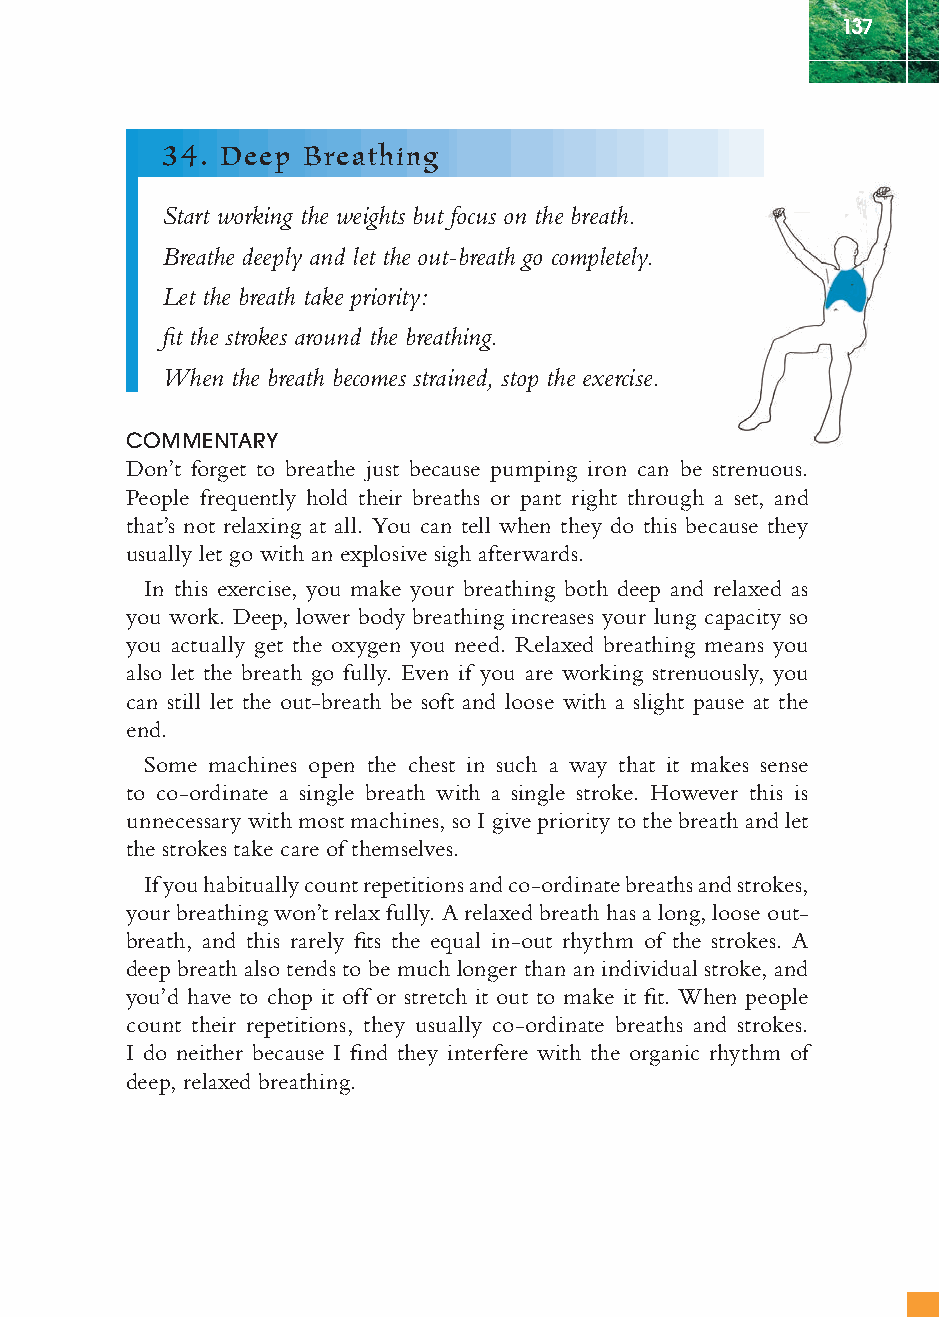
137
 34. Deep Breathing
 Start working the weights but focus on the breath.
 Breathe deeply and let the out-breath go completely.
 Let the breath take priority:
 fi t the strokes around the breathing.
 When the breath becomes strained, stop the exercise.
 COMMENTARY
 Don’t forget to breathe just because pumping iron can be strenuous.
 People frequently hold their breaths or pant right through a set, and
 that’s not relaxing at all. You can tell when they do this because they
 usually let go with an explosive sigh afterwards.
 In this exercise, you make your breathing both deep and relaxed as
 you work. Deep, lower body breathing increases your lung capacity so
 you actually get the oxygen you need. Relaxed breathing means you
 also let the breath go fully. Even if you are working strenuously, you
 can still let the out-breath be soft and loose with a slight pause at the
 end.
 Some machines open the chest in such a way that it makes sense
 to co-ordinate a single breath with a single stroke. However this is
 unnecessary with most machines, so I give priority to the breath and let
 the strokes take care of themselves.
 If you habitually count repetitions and co-ordinate breaths and strokes,
 your breathing won’t relax fully. A relaxed breath has a long, loose out-
 breath, and this rarely fi ts the equal in-out rhythm of the strokes. A
 deep breath also tends to be much longer than an individual stroke, and
 you’d have to chop it off or stretch it out to make it fi t. When people
 count their repetitions, they usually co-ordinate breaths and strokes.
 I do neither because I fi nd they interfere with the organic rhythm of
 deep, relaxed breathing.
 ffiivvee__220000667788..iinndddd SSeecc11::114411   3300//55//0055 55::0055::4466 PPMM